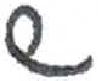
אות: ש